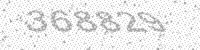
Solution: 368829